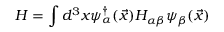
H = \int d ^ { 3 } x \psi _ { \alpha } ^ { \dagger } ( \vec { x } ) { \cal H } _ { \alpha \beta } \psi _ { \beta } ( \vec { x } )